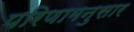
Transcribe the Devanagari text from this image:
परिणामनुसार